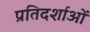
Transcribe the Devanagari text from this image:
प्रतिदर्शाओं